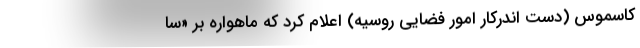
کاسموس (دست اندرکار امور فضایی روسیه) اعلام کرد که ماهواره بر «سا